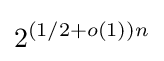
2^{(1/2+o(1))n}